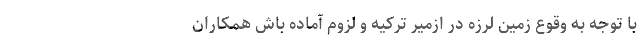
با توجه به وقوع زمین لرزه در ازمیر ترکیه و لزوم آماده باش همکاران